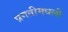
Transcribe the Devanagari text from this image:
प्रगतीमधली